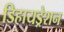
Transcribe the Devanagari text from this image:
डिहायड्रेशन